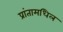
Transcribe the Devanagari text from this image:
प्रांतामधिल